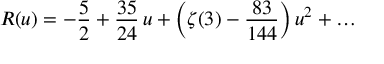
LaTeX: R ( u ) = - { \frac { 5 } { 2 } } + { \frac { 3 5 } { 2 4 } } \, u + \bigg ( \zeta ( 3 ) - { \frac { 8 3 } { 1 4 4 } } \bigg ) \, u ^ { 2 } + \dots